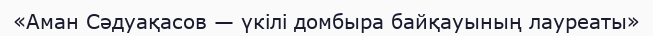
«Аман Сәдуақасов — үкілі домбыра байқауының лауреаты»